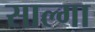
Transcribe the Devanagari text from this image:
साल्गा